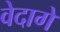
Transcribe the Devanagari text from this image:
वेदागें